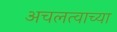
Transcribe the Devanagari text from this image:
अचलत्वाच्या